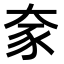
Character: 𫯦